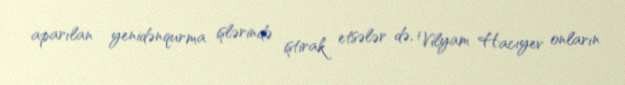
aparılan yenidənqurma işlərində iştirak etsələr də, Vilyam Hacıyev onların